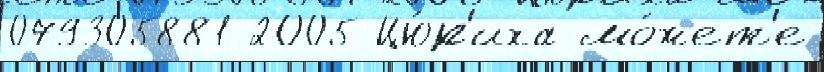
079305881 2005 Цю́р'иха мо́жет'е